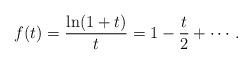
LaTeX: \begin{align*}f(t) = \frac{\ln(1+t)}{t} = 1-\frac{t}{2}+\cdots.\end{align*}